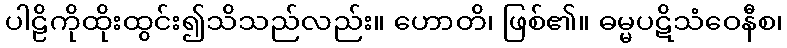
ပါဠိကိုထိုးထွင်း၍သိသည်လည်း။ ဟောတိ၊ ဖြစ်၏။ ဓမ္မပဋိသံဝေနီစ၊